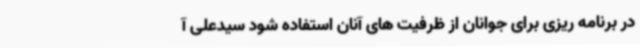
در برنامه ریزی برای جوانان از ظرفیت های آنان استفاده شود سیدعلی آ